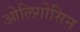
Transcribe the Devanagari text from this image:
ओलिगोसिन